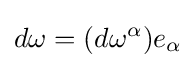
d\omega =(d\omega ^{\alpha })e_{\alpha }